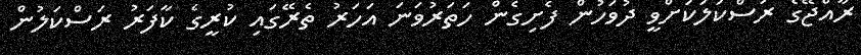
ރާއްޖޭގެ ރަސްކަލަކަށްވީ ދުވަހުން ފެށިގެން ހަތަރުވަނަ އަހަރު ތެރޭގައި ކުރީގެ ކާފަރު ރަސްކަލުން